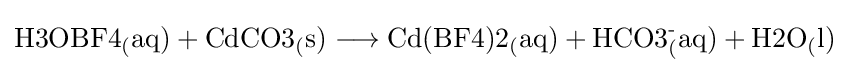
{{\mathrm {H3OBF4_{(}aq)} }{}+{}{\mathrm {CdCO3_{(}s)} }{}\mathrel {\longrightarrow } {}{\mathrm {Cd(BF4)2_{(}aq)} }{}+{}{\mathrm {HCO3_{(}^{\text{-}}aq)} }{}+{}{\mathrm {H2O_{(}l)} }}